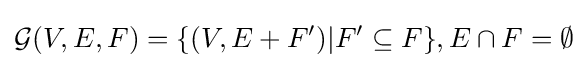
{\mathcal {G}}(V,E,F)=\{(V,E+F')|F'\subseteq F\},E\cap F=\emptyset